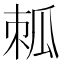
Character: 𤫷